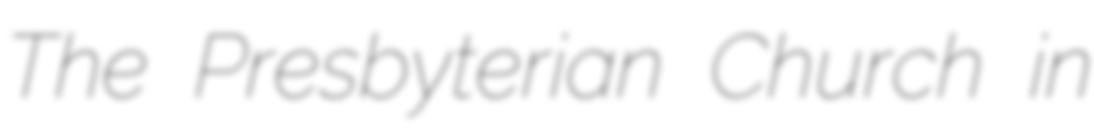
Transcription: The Presbyterian Church in